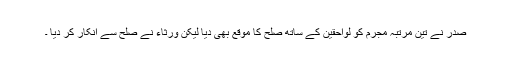
صدر نے تین مرتبہ مجرم کو لواحقین کے ساتھ صلح کا موقع بھی دیا لیکن ورثاء نے صلح سے انکار کر دیا ۔